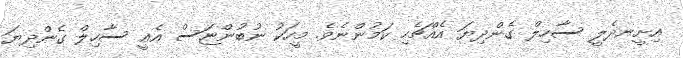
އިށީނދެލީ ސާހިލް ގެންދިޔަ އެއްޗެހި ކަމުންނެވެ. މީހަކު ނުބުންޏަސް އެއީ ސާހިލް ގެންދިޔަ